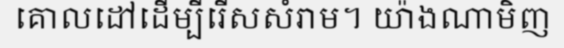
គោលដៅដើម្បីរើសសំរាម។ យ៉ាងណាមិញ